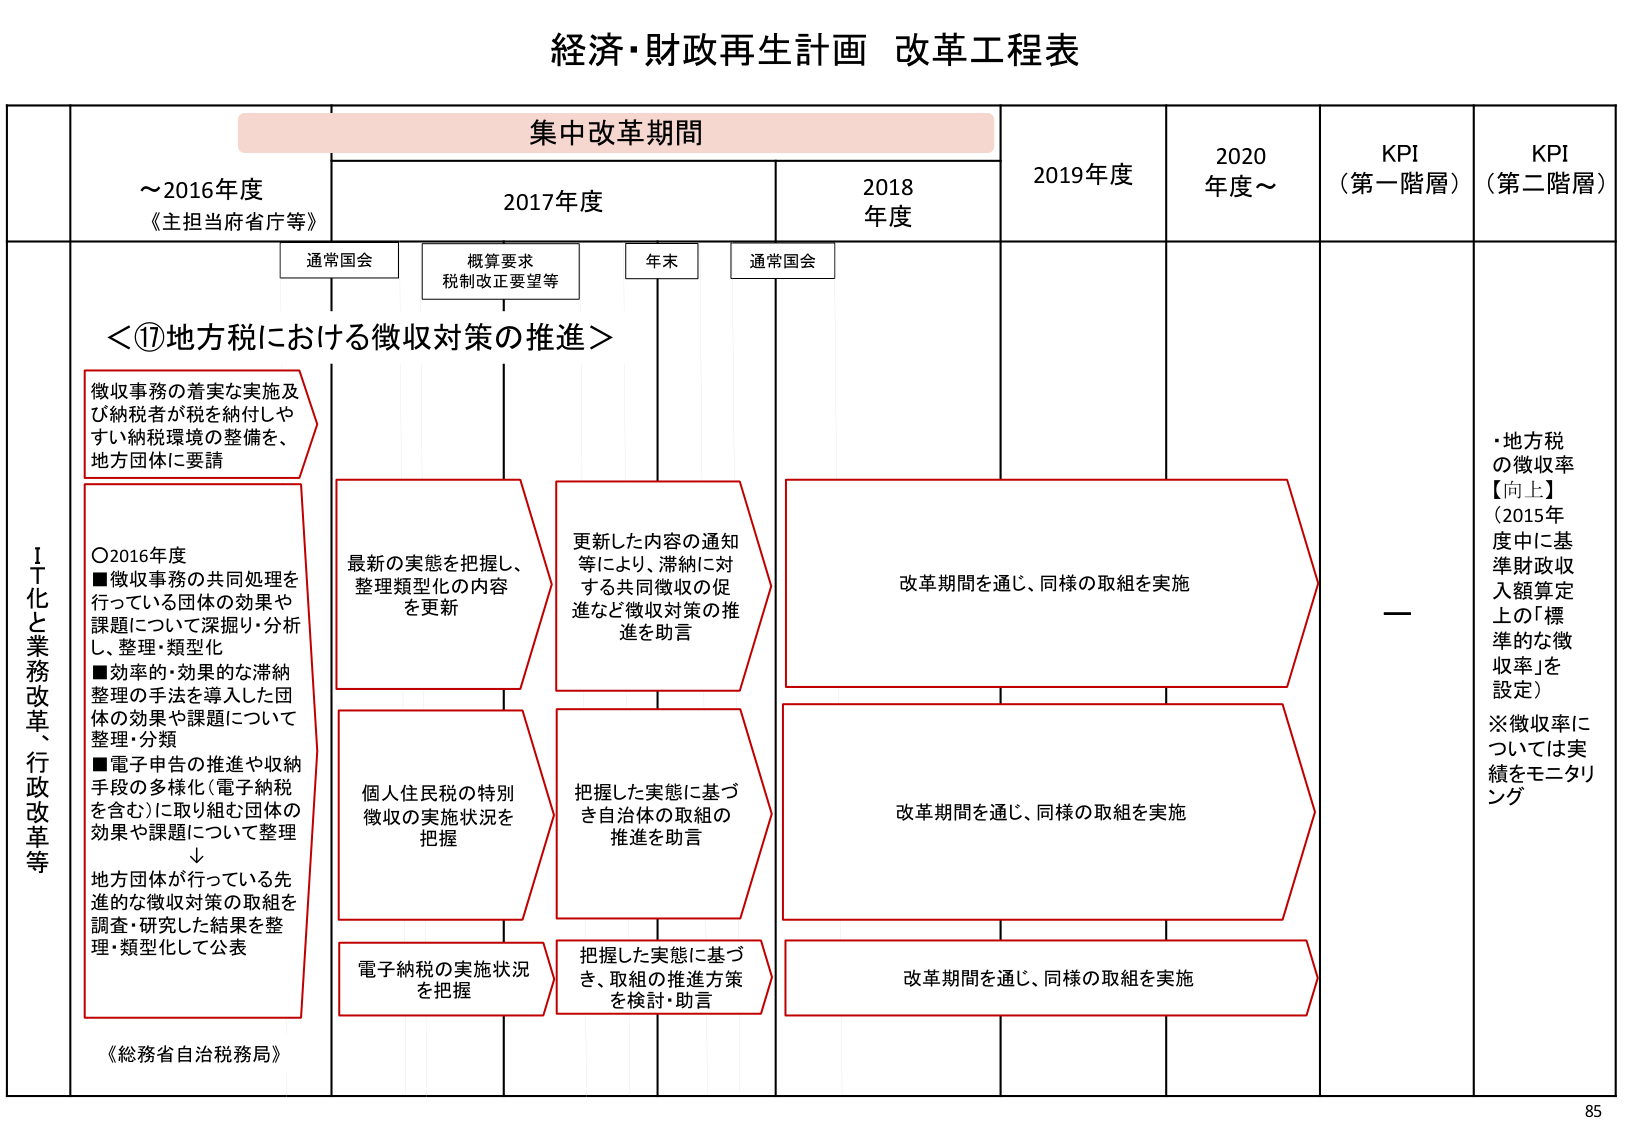
経済・財政再生計画 改革工程表

集中改革期間

～2016年度
《主担当府省庁等》

2017年度

2018年度

2019年度

2020年度～

KPI（第一階層）

KPI（第二階層）

通常国会

概算要求
税制改正要望等

年末

通常国会

ＩＴ化と業務改革、行政改革等

＜⑰地方税における徴収対策の推進＞

徴収事務の着実な実施及び納税者が税を納付しやすい納税環境の整備を、地方団体に要請

○2016年度
■徴収事務の共同処理を行っている団体の効果や課題について深掘り・分析し、整理・類型化
■効率的・効果的な滞納整理の手法を導入した団体の効果や課題について整理・分類
■電子申告の推進や収納手段の多様化（電子納税を含む）に取り組む団体の効果や課題について整理
↓
地方団体が行っている先進的な徴収対策の取組を調査・研究した結果を整理・類型化して公表

《総務省自治税務局》

最新の実態を把握し、整理類型化の内容を更新

更新した内容の通知等により、滞納に対する共同徴収の促進など徴収対策の推進を助言

改革期間を通じ、同様の取組を実施

個人住民税の特別徴収の実施状況を把握

把握した実態に基づき自治体の取組の推進を助言

改革期間を通じ、同様の取組を実施

電子納税の実施状況を把握

把握した実態に基づき、取組の推進方策を検討・助言

改革期間を通じ、同様の取組を実施

—

・地方税の徴収率【向上】（2015年度中に基準財政収入額算定上の「標準的な徴収率」を設定）
※徴収率については実績をモニタリング

85